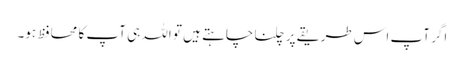
اگر آپ اس طریقے پر چلنا چاہتے ہیں تو اللہ ہی آپ کا محافظ ہو۔